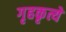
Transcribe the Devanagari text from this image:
गृहकृत्ये